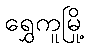
ရွှေကူမြို့